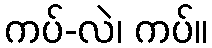
ကပ်-လဲ၊ ကပ်။